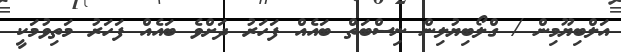
އަލްބިޔޫމިން / ގްލޯބިޔުލިން ނިސްބަތް ބައެއް ފަހަރު ދަށްވެ ބައެއް ފަހަރު މަތިވުމަކީ